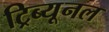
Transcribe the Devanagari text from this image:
ट्रिब्‍यूनल